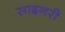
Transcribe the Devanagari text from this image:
साइनरी